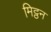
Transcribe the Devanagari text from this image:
मिट्ठन